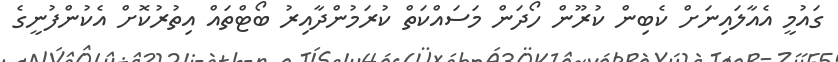
ގައުމީ އެއާލައިނަށް ކެބިން ކުރޫން ހޯދަން މަސައްކަތް ކުރަމުންދާއިރު ބޯޓްތައް އިތުރުކޮށް އެކުންފުނީގެ